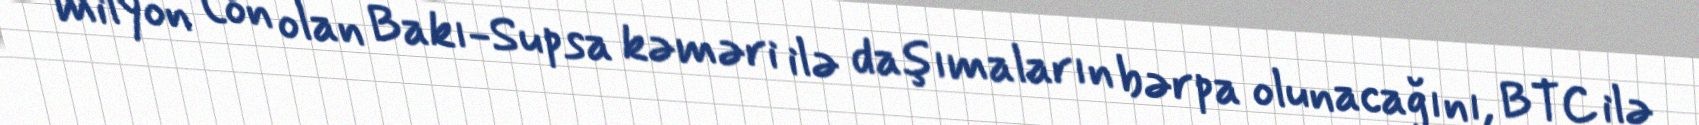
milyon ton olan Bakı-Supsa kəməri ilə daşımaların bərpa olunacağını, BTC ilə